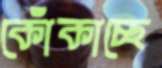
কোঁকাচ্ছে